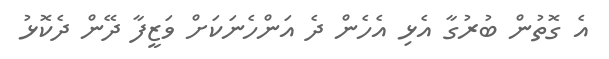
އެ ގޮތުން ބުރުގާ އެޅި އެހެން ދެ އަންހެނަކަށް ވަޒީފާ ދޭން ދެކޮޅު